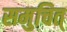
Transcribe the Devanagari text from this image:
समुचित्‌